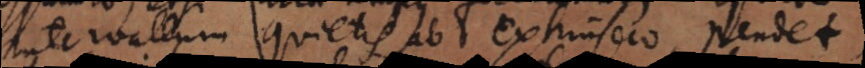
intervallum quietis ab extrinseco pendet;